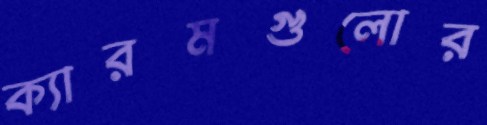
ক্যারমগুলোর